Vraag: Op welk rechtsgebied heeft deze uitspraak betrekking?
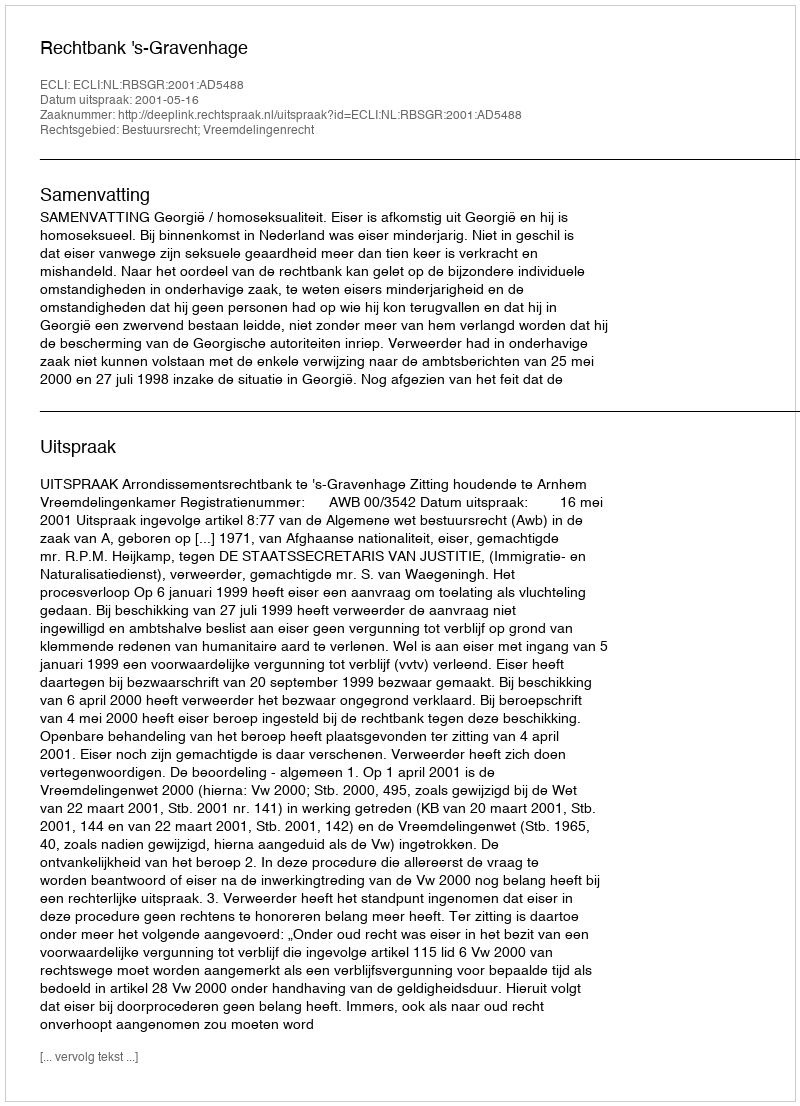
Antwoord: Bestuursrecht; Vreemdelingenrecht